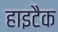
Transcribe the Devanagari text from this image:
हाइटैक